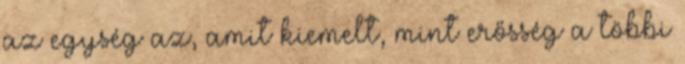
az egység az, amit kiemelt, mint erősség a többi